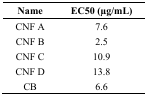
<table><thead><tr><td><b>Name</b></td><td><b>EC50 (μg/mL)</b></td></tr></thead><tbody><tr><td>CNF A</td><td>7.6</td></tr><tr><td>CNF B</td><td>2.5</td></tr><tr><td>CNF C</td><td>10.9</td></tr><tr><td>CNF D</td><td>13.8</td></tr><tr><td>CB</td><td>6.6</td></tr></tbody></table>